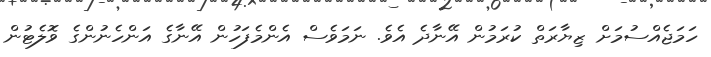
ހަމަޖެއްސުމަށް ޒިޔާރަތް ކުރަމުން އޭނާދެ އެވެ. ނަމަވެސް އެންމެފަހުން އޭނާގެ އަންހެނުންގެ ވޮލެޓުން